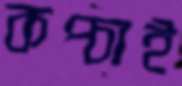
কপ্‌চাই